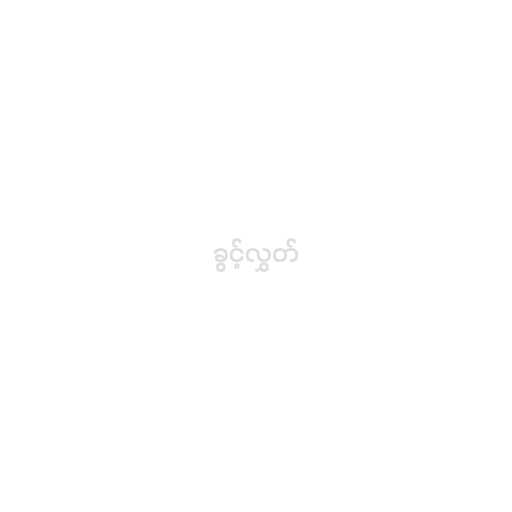
ခွင့်လွှတ်